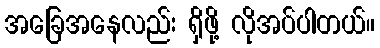
အခြေအနေလည်း ရှိဖို့ လိုအပ်ပါတယ်။